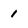
Character: 1